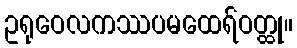
ဥရုဝေလကဿပမထေရ်ဝတ္ထု။